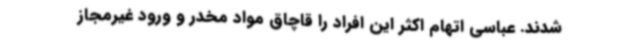
شدند. عباسی اتهام اکثر این افراد را قاچاق مواد مخدر و ورود غیرمجاز